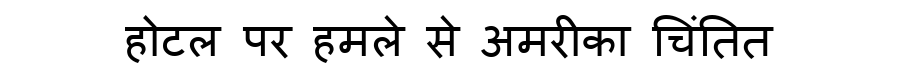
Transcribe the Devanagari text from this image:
होटल पर हमले से अमरीका चिंतित